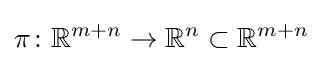
\pi \colon \mathbb {R} ^{m+n}\rightarrow \mathbb {R} ^{n}\subset \mathbb {R} ^{m+n}